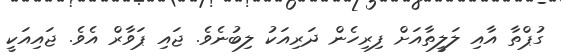
ގުޕްތާ އާއި ލަލީތާއަށް ފިރިހެން ދަރިއަކު ލިބުނެވެ. ޖައި ޕަވާރް އެވެ. ޖައިއަކީ